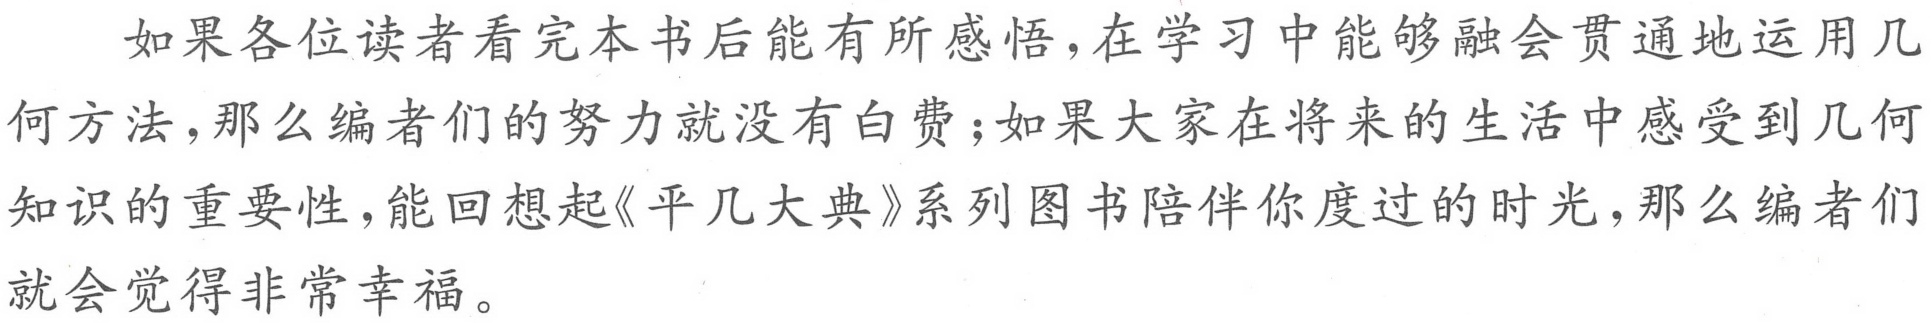
如果各位读者看完本书后能有所感悟，在学习中能够融会贯通地运用几
何方法，那么编者们的努力就没有白费；如果大家在将来的生活中感受到几何
知识的重要性，能回想起《平几大典》系列图书陪伴你度过的时光，那么编者们
就会觉得非常幸福。